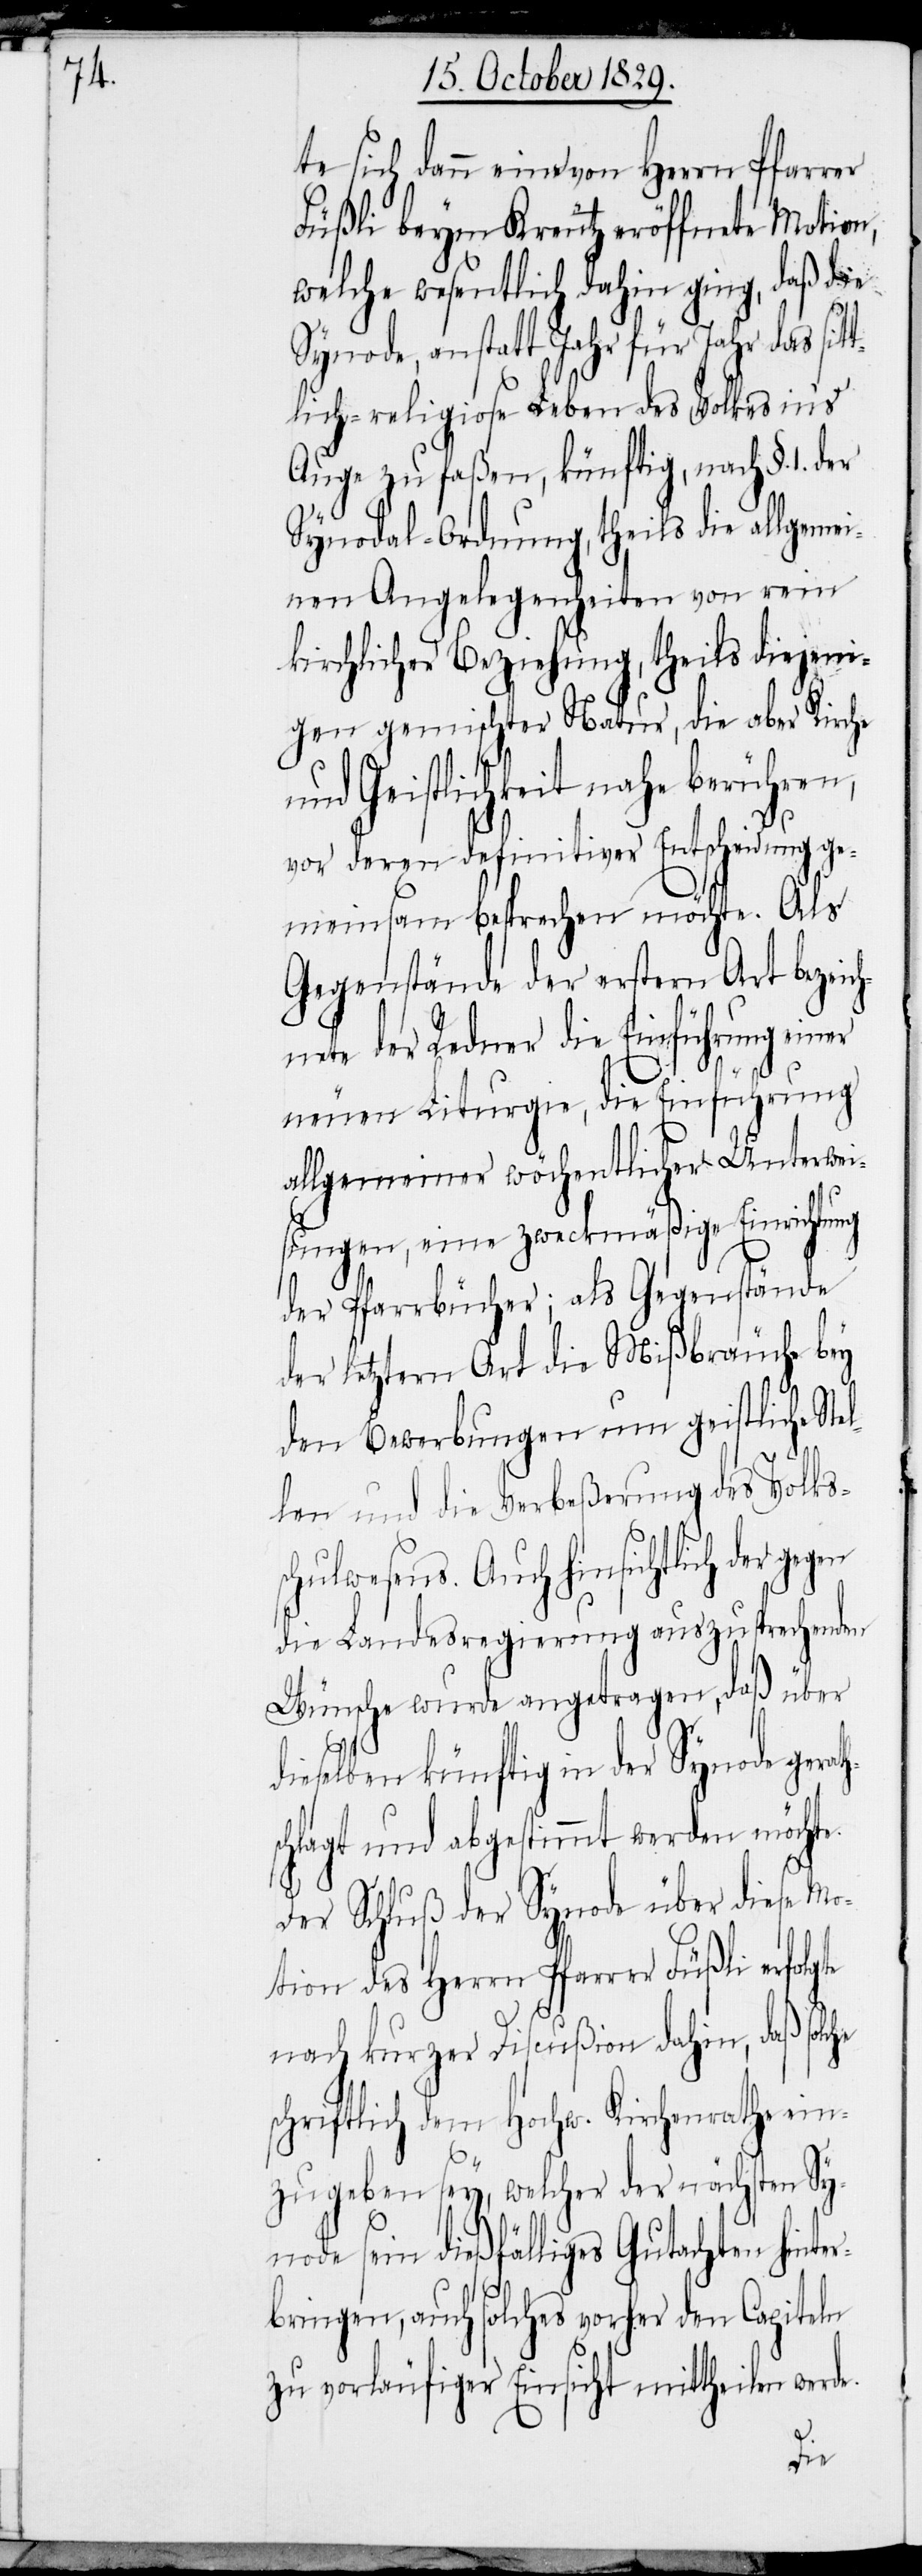
te sich dann eine von Herrn Pfarrer
Füßli beym Kreutz eröffnete Motion,
welche wesentlich dahin ging, daß die
anstatt Jahr für Jahr das sit¬
tlich-religiose Leben des Volkes ins
Auge zu faßen, künftig, nach §. 1.
Synodal-Ordnung, theils die allgeme¬
inen Angelegenheiten von rein
kirchlicher Beziehung, theils diejeni¬
gen gemischter Natur, die aber Kirche
und Geistlichkeit nahe berühren,
vor deren definitiver Entscheidung ge¬
meinsam besprechen möchte. Als
Gegenstände der erstern Art bezeich¬
ete der Redner die Einführung
neuen Liturgie, die Einführung
allgemeiner wöchentlicher Unterwei¬
sungen, eine zweckmäßige Einrichtung
der Pfarrbücher; als Gegenstände
der letztern Art die Mißbräuche bey
den Bewerbungen um geistliche St¬
len und die Verbeßerung des Volks¬
chulwesens. Auch hinsichtlich
die Landesregierung auszusprechenden
Wünsche wurde angetragen, daß über
e.
dieselben künftig in der Synode gerat¬
schlagt und abgestimmt werden möchte.
Der Schluß der Synode über diese Mo¬
tion des Herrn Pfarrer Füßli erfolgte
nach kurzer Discußion dahin, daß solc¬
schriftlich dem Hochw. Kirchenrathe ein¬
zugeben sey, welcher der nächsten Sy¬
node sein dießfälliges Gutachten hinter¬
bringen, auch solches vorher den Capiteln
zu vorläufiger Einsicht mittheilen werd¬
der